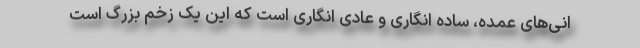
انی‌های عمده، ساده انگاری و عادی انگاری است که این یک زخم بزرگ است